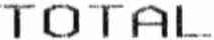
TOTAL